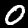
Digit: 0